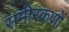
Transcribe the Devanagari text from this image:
समीरकणों